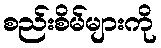
စည်းစိမ်များကို